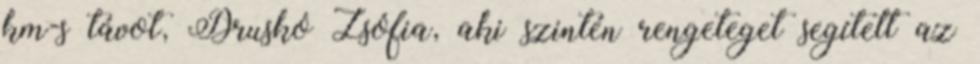
km-s távot, Druskó Zsófia, aki szintén rengeteget segített az